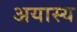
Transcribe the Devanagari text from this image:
अयास्य